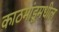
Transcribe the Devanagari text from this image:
काठमांडूमधील